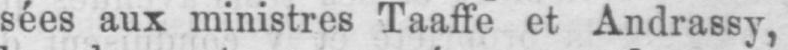
sées aux ministres Taaffe et Andrassy,